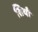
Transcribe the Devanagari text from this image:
सियाँ